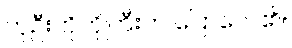
ဟုဦးကိုကိုကြီးက ပြောလေ၏။